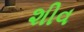
શીવ